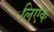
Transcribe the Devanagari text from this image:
लिएक